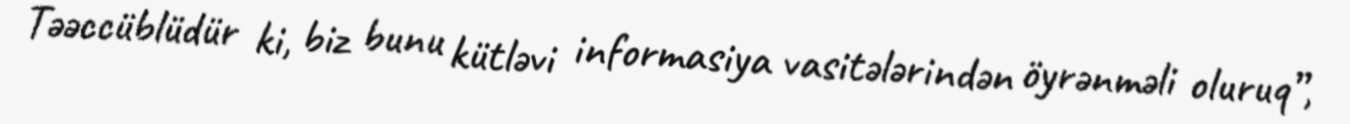
Təəccüblüdür ki, biz bunu kütləvi informasiya vasitələrindən öyrənməli oluruq”,